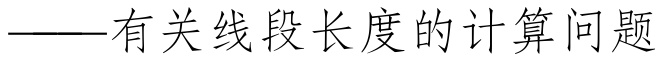
——有关线段长度的计算问题